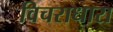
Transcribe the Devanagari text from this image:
विचराधारा